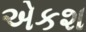
એકશ